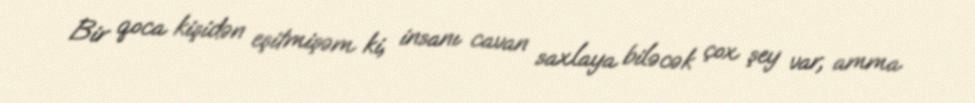
Bir qoca kişidən eşitmişəm ki, insanı cavan saxlaya biləcək çox şey var, amma